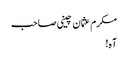
مکرم عثمان چینی صاحب
آہ!